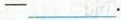
-___.